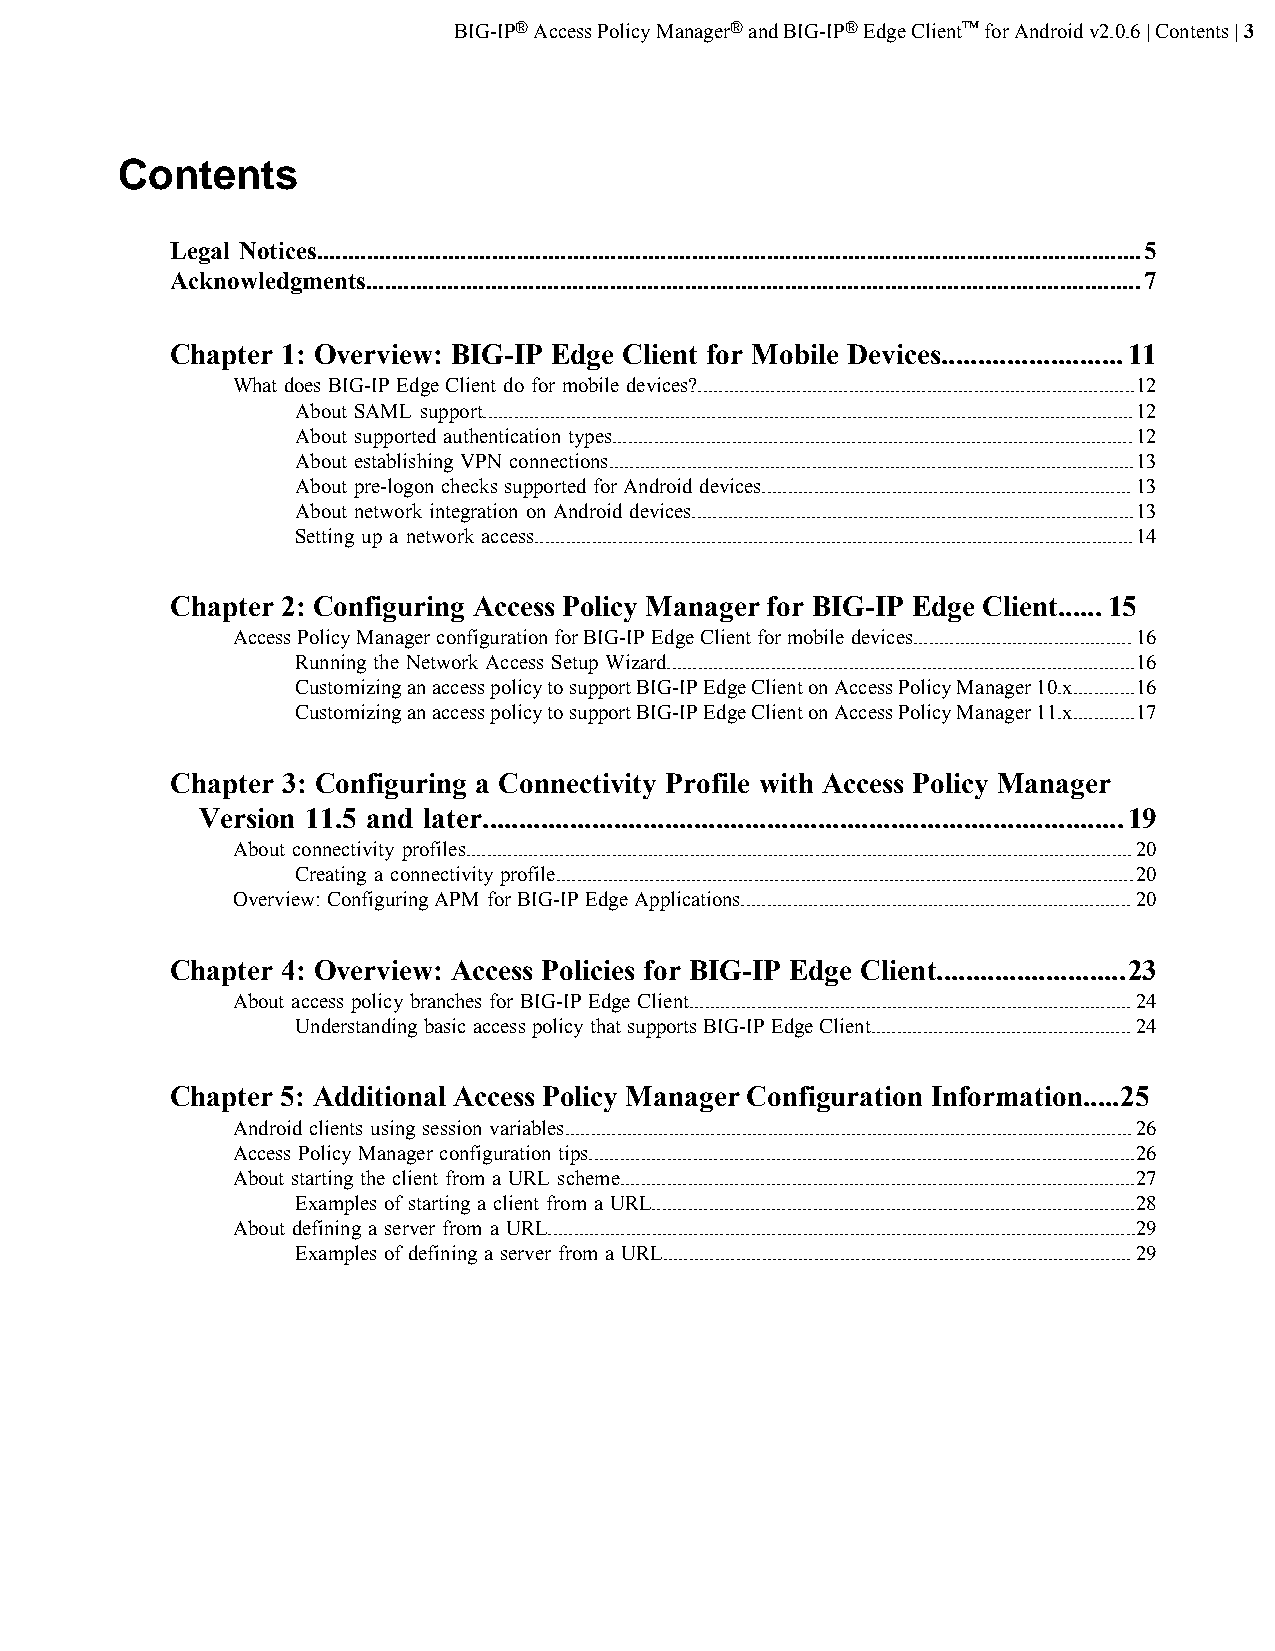
BIG-IP® Access Policy Manager® and BIG-IP® Edge Client™ for Android v2.0.6 | Contents | 3
 Contents
 Legal Notices....................................................................................................................................5
 Acknowledgments............................................................................................................................7
 Chapter 1: Overview: BIG-IP Edge Client for Mobile Devices.........................11
 What does BIG-IP Edge Client do for mobile devices?....................................................................................12
 About SAML support.............................................................................................................................12
 About supported authentication types....................................................................................................12
 About establishing VPN connections.....................................................................................................13
 About pre-logon checks supported for Android devices.......................................................................13
 About network integration on Android devices.....................................................................................13
 Setting up a network access...................................................................................................................14
 Chapter 2: Configuring Access Policy Manager for BIG-IP Edge Client......15
 Access Policy Manager configuration for BIG-IP Edge Client for mobile devices..........................................16
 Running the Network Access Setup Wizard..........................................................................................16
 Customizing an access policy to support BIG-IP Edge Client on Access Policy Manager 10.x............16
 Customizing an access policy to support BIG-IP Edge Client on Access Policy Manager 11.x............17
 Chapter 3: Configuring a Connectivity Profile with Access Policy Manager
 Version 11.5 and later........................................................................................19
 About connectivity profiles................................................................................................................................20
 Creating a connectivity profile...............................................................................................................20
 Overview: Configuring APM for BIG-IP Edge Applications...........................................................................20
 Chapter 4: Overview: Access Policies for BIG-IP Edge Client..........................23
 About access policy branches for BIG-IP Edge Client.....................................................................................24
 Understanding basic access policy that supports BIG-IP Edge Client..................................................24
 Chapter 5: Additional Access Policy Manager Configuration Information.....25
 Android clients using session variables.............................................................................................................26
 Access Policy Manager configuration tips.........................................................................................................26
 About starting the client from a URL scheme...................................................................................................27
 Examples of starting a client from a URL.............................................................................................28
 About defining a server from a URL.................................................................................................................29
 Examples of defining a server from a URL..........................................................................................29